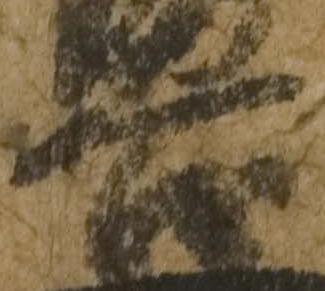
吉